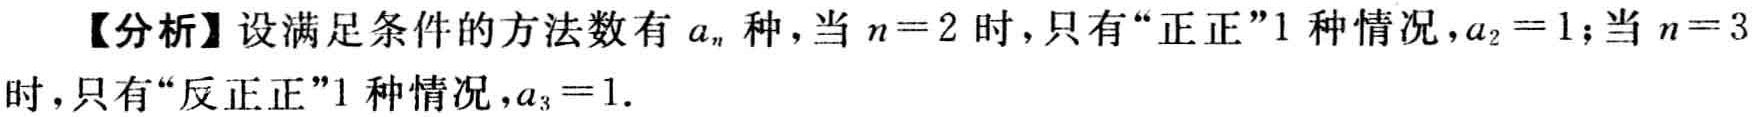
【分析】设满足条件的方法数有 \(a_{n}\) 种，当 \(n = 2\) 时，只有“正正”1 种情况，\(a_{2}=1\)；当 \(n = 3\) 时，只有“反正正”1 种情况，\(a_{3}=1\).